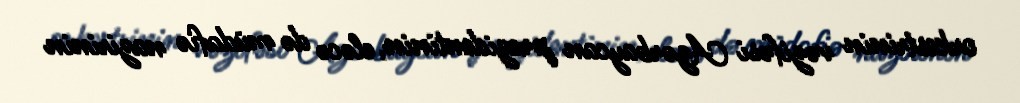
orkestrinin vəzifəsi Azərbaycan prezidentinin, eləcə də müdafiə nazirinin